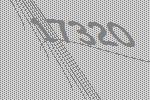
17320